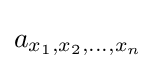
a_{x_{1},x_{2},\dots ,x_{n}}